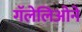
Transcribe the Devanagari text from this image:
गॅलेलिओने